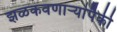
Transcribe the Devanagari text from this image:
झळकवणार्‍यांपैकी